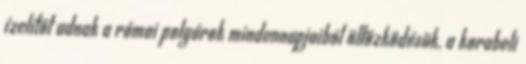
ízelítőt adnak a római polgárok mindennapjaiból öltözködésük, a korabeli